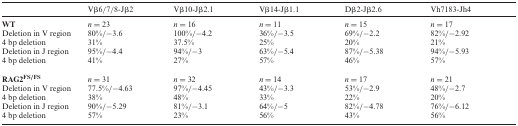
|  | Vβ6/7/8-Jβ2 | Vβ10-Jβ2.1 | Vβ14-Jβ1.1 | Dβ2-Jβ2.6 | Vh7183-Jh4 |
 | --- | --- | --- | --- | --- | --- |
 | WT | n = 23 | n = 16 | n = 11 | n = 15 | n = 17 |
 | Deletion in V region | 80%/−3.6 | 100%/−4.2 | 36%/−3.5 | 69%/−2.2 | 82%/−2.92 |
 | 4 bp deletion | 31% | 37.5% | 25% | 20% | 21% |
 | Deletion in J region | 95%/−4.4 | 94%/−3 | 63%/−5.4 | 87%/−5.38 | 94%/−5.93 |
 | 4 bp deletion | 41% | 27% | 57% | 46% | 57% |
 | RAG2FS/FS | n = 31 | n = 32 | n = 14 | n = 17 | n = 21 |
 | Deletion in V region | 77.5%/−4.63 | 97%/−4.45 | 43%/−3.3 | 53%/−2.9 | 48%/−2.7 |
 | 4 bp deletion | 38% | 48% | 33% | 22% | 20% |
 | Deletion in J region | 90%/−5.29 | 81%/−3.1 | 64%/−5 | 82%/−4.78 | 76%/−6.12 |
 | 4 bp deletion | 57% | 23% | 56% | 43% | 56% |